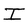
Character: I